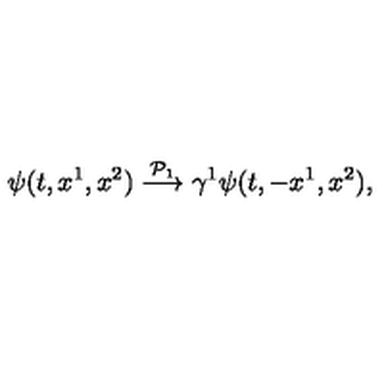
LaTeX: \psi ( t , x ^ { 1 } , x ^ { 2 } ) \stackrel { { \cal P } _ { 1 } } { \longrightarrow } \gamma ^ { 1 } \psi ( t , - x ^ { 1 } , x ^ { 2 } ) ,